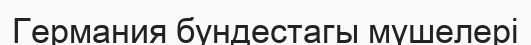
Германия бундестагы мүшелері